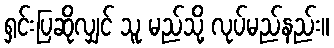
ရှင်းပြဆိုလျှင် သူ မည်သို့ လုပ်မည်နည်း။